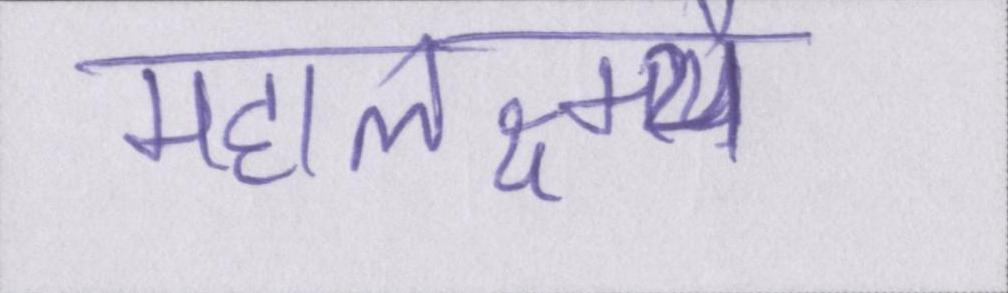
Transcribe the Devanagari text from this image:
महालक्ष्म्यै